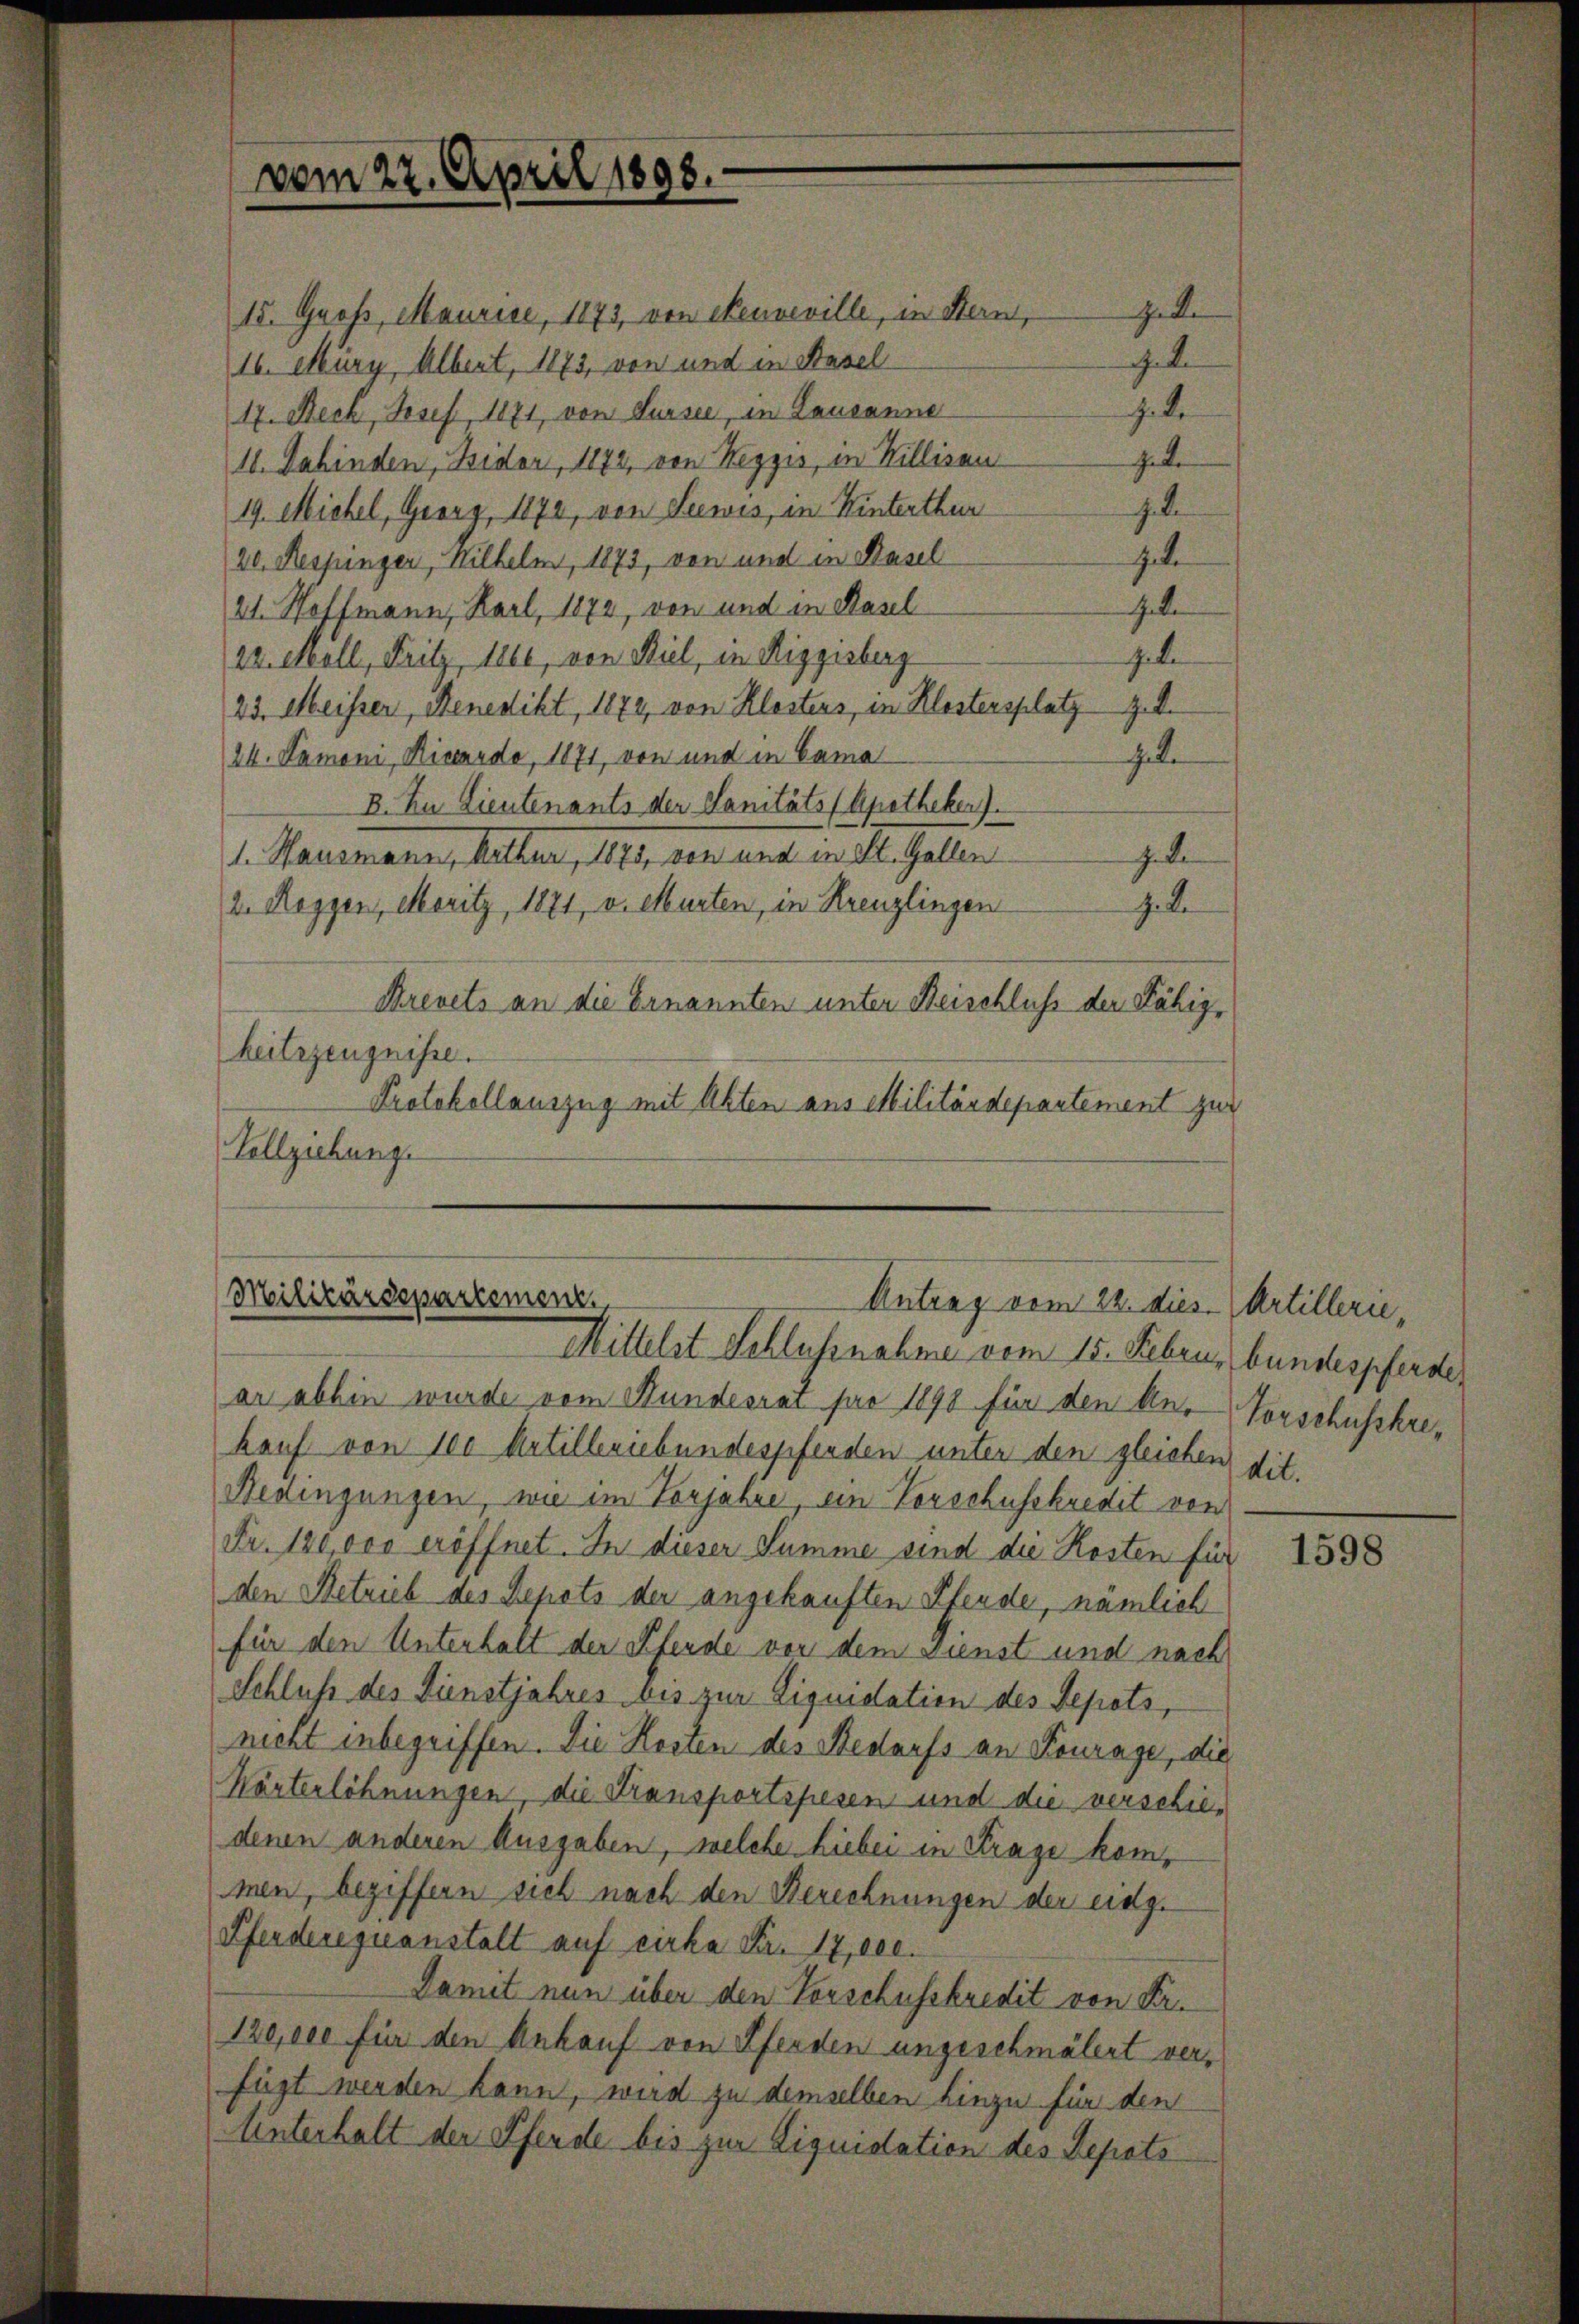
vom 22. April 1898.

I5. Groß, Maurise, 1873, von Neuveville, in Stern,
16. März, Albert, 1873, von und in Basel
z. de
17. Beck, Josef, 1871, von Sursee, in Lausanne
Jede
11. Dahinden, Bider, 1872, von Kezzis, in Willisau
J.
19. Michel, Georg, 1872, von Seewis, in Winterthur
zut
20. Respinger, Wilhelm, 1873, von und in Basel
Gete
21. Hoffmann, Karl, 1872, von und in Hasel
gebe
22. Moll, Fritz, 1100, von Biel, in Riggisberg
23. Meisser, Benedikt, 1872, von Klostens, in Klostersplatz z. B.
gute
24. Damoni, Riccardo, 1871, von und in Bama
B. Zu Lieutenants der Sanitäts (Apotheker).
gete
. Hausmann, hatten, 1810, genant in St. Gallen.
7. d.
2. Roggen, Moritz, 1871, v. Murten, in Kreuzlingen
Krevets an die Ernannten unter Reischluss der Fähigheitszeugnisse.
Protokollauszug mit Akten aus Militärdepartement zur
Vollziehung.

Militärdepartement
Antrag vom 22. dies
Mittelst Schlussnahme vom 15. Febru, bundespferde

ar abbin wurde vom Hundesrat par 1890 für den An-
kauf von 100 Artilleriebundespfenden unter den gleichen dit.
Redingungen, wie im Vorjahre, ein Vorschusskredit von
Fr. 180,000 eröffnet. In dieser Summe sind die Kosten für
den Betrieb des Depots der angekauften Pferde, nämlich
für den Unterhalt der Pferde von dem Dunst und nach
Schluß des Dienstjahres bis zur Liquidation des Sepots,
nicht inbegriffen. Die Kosten des Bedarfs an Fourage, die
Wärterlöhnungen, die Stransportspesen und die verschiedenen anderen Ausgaben, welche hiebei in Frage kommen, beziffern sich nach den Berechnungen der eidg.
Pferdereguanstalt auf cirka Fr. 17,000.
Damit nun über den Vorschusskredit von Fer¬
120,000 für den Ankauf von Pferden ungeschmälert verfügt werden kann, wird zu demselben hinzu für den
Unterhalt der Pferde bis zur Liquidation des Depots

G. de
gete

Artillerie,
Vorschusshre¬

1598